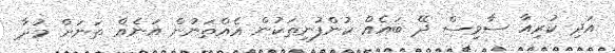
އަދި ކުރިއާ ސާވިސް ދޭ ބައެއް ކުންފުނިތަކުން އެއްތަނުން އަނެއް ތަނަށް މުދާ